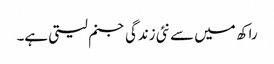
راکھ میں سے نئی زندگی جنم لیتی ہے۔